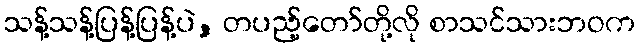
သန့်သန့်ပြန့်ပြန့်ပဲ, တပည့်တော်တို့လို စာသင်သားဘဝက